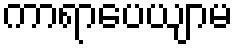
ကာရာပေယျာမ